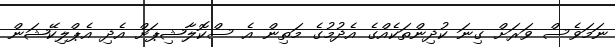
ނަމަވެސް ވަރަށް ގިނަ ކުދިންތަކެއްގެ އެދުމުގެ މަތިން އެ ސްކޮލާޝިޕަށް އެދި އެޕްލިކޭޝަން